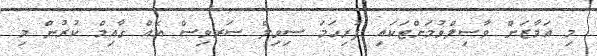
މި އަމާޒަށް ވާސިލްވުމަށްޓަކައި ފުރިހަމަ ސިވިލް ސަރވިސް އެއް ގާއިމް ކުރުން މި